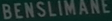
BENSILIMANE